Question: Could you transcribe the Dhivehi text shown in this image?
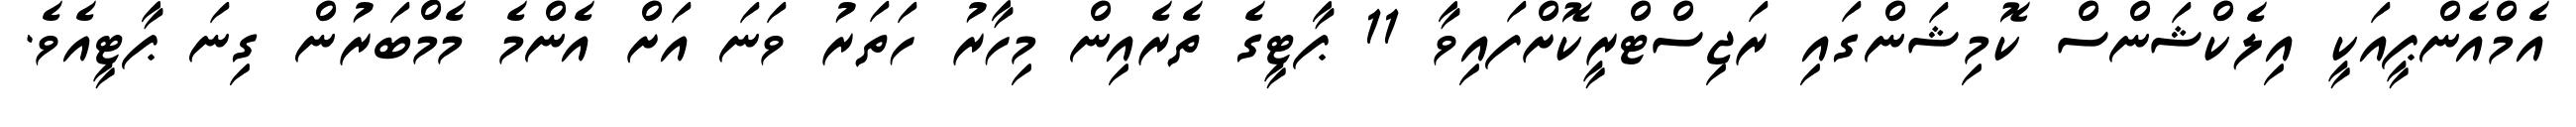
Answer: އެމްއެންޕީއަކީ އިލެކްޝަންސް ކޮމިޝަންގައި ރަޖިސްޓްރީކޮށްފައިވާ 11 ޕާޓީގެ ތެރެއިން މިހާރު ހަތަރު ވަނަ އަށް އެންމެ މެމްބަރުން ގިނަ ޕާޓީއެވެ.